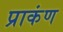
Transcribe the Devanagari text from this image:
प्राकंण